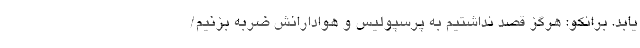
یابد. برانکو: هرگز قصد نداشتیم به پرسپولیس و هوادارانش ضربه‌ بزنیم/